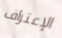
الإعتراف